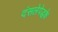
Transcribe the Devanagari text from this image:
दंसलेपेद्धके